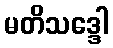
မတိသဒ္ဒေါ